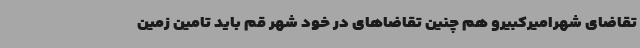
تقاضای شهرامیرکبیرو هم چنین تقاضاهای در خود شهر قم باید تامین زمین